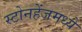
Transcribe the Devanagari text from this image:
स्टोनहेंजमध्ये